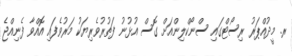
ރ. މީދުއްޕަރު ރިސޯޓްގައި ސްނޯކްލިންއަށް ގޮސް އުޅުނު ފަތުރުވެރިޔަކު މަރުވެފައި އޮއްވާ ފެނިއްޖެ